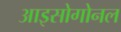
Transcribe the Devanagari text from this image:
आइसोगोनल